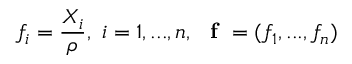
f _ { i } = \frac { X _ { i } } { \rho } , \ i = 1 , . . . , n , \ \textbf { f } = ( f _ { 1 } , . . . , f _ { n } )